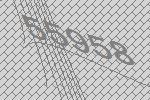
55958